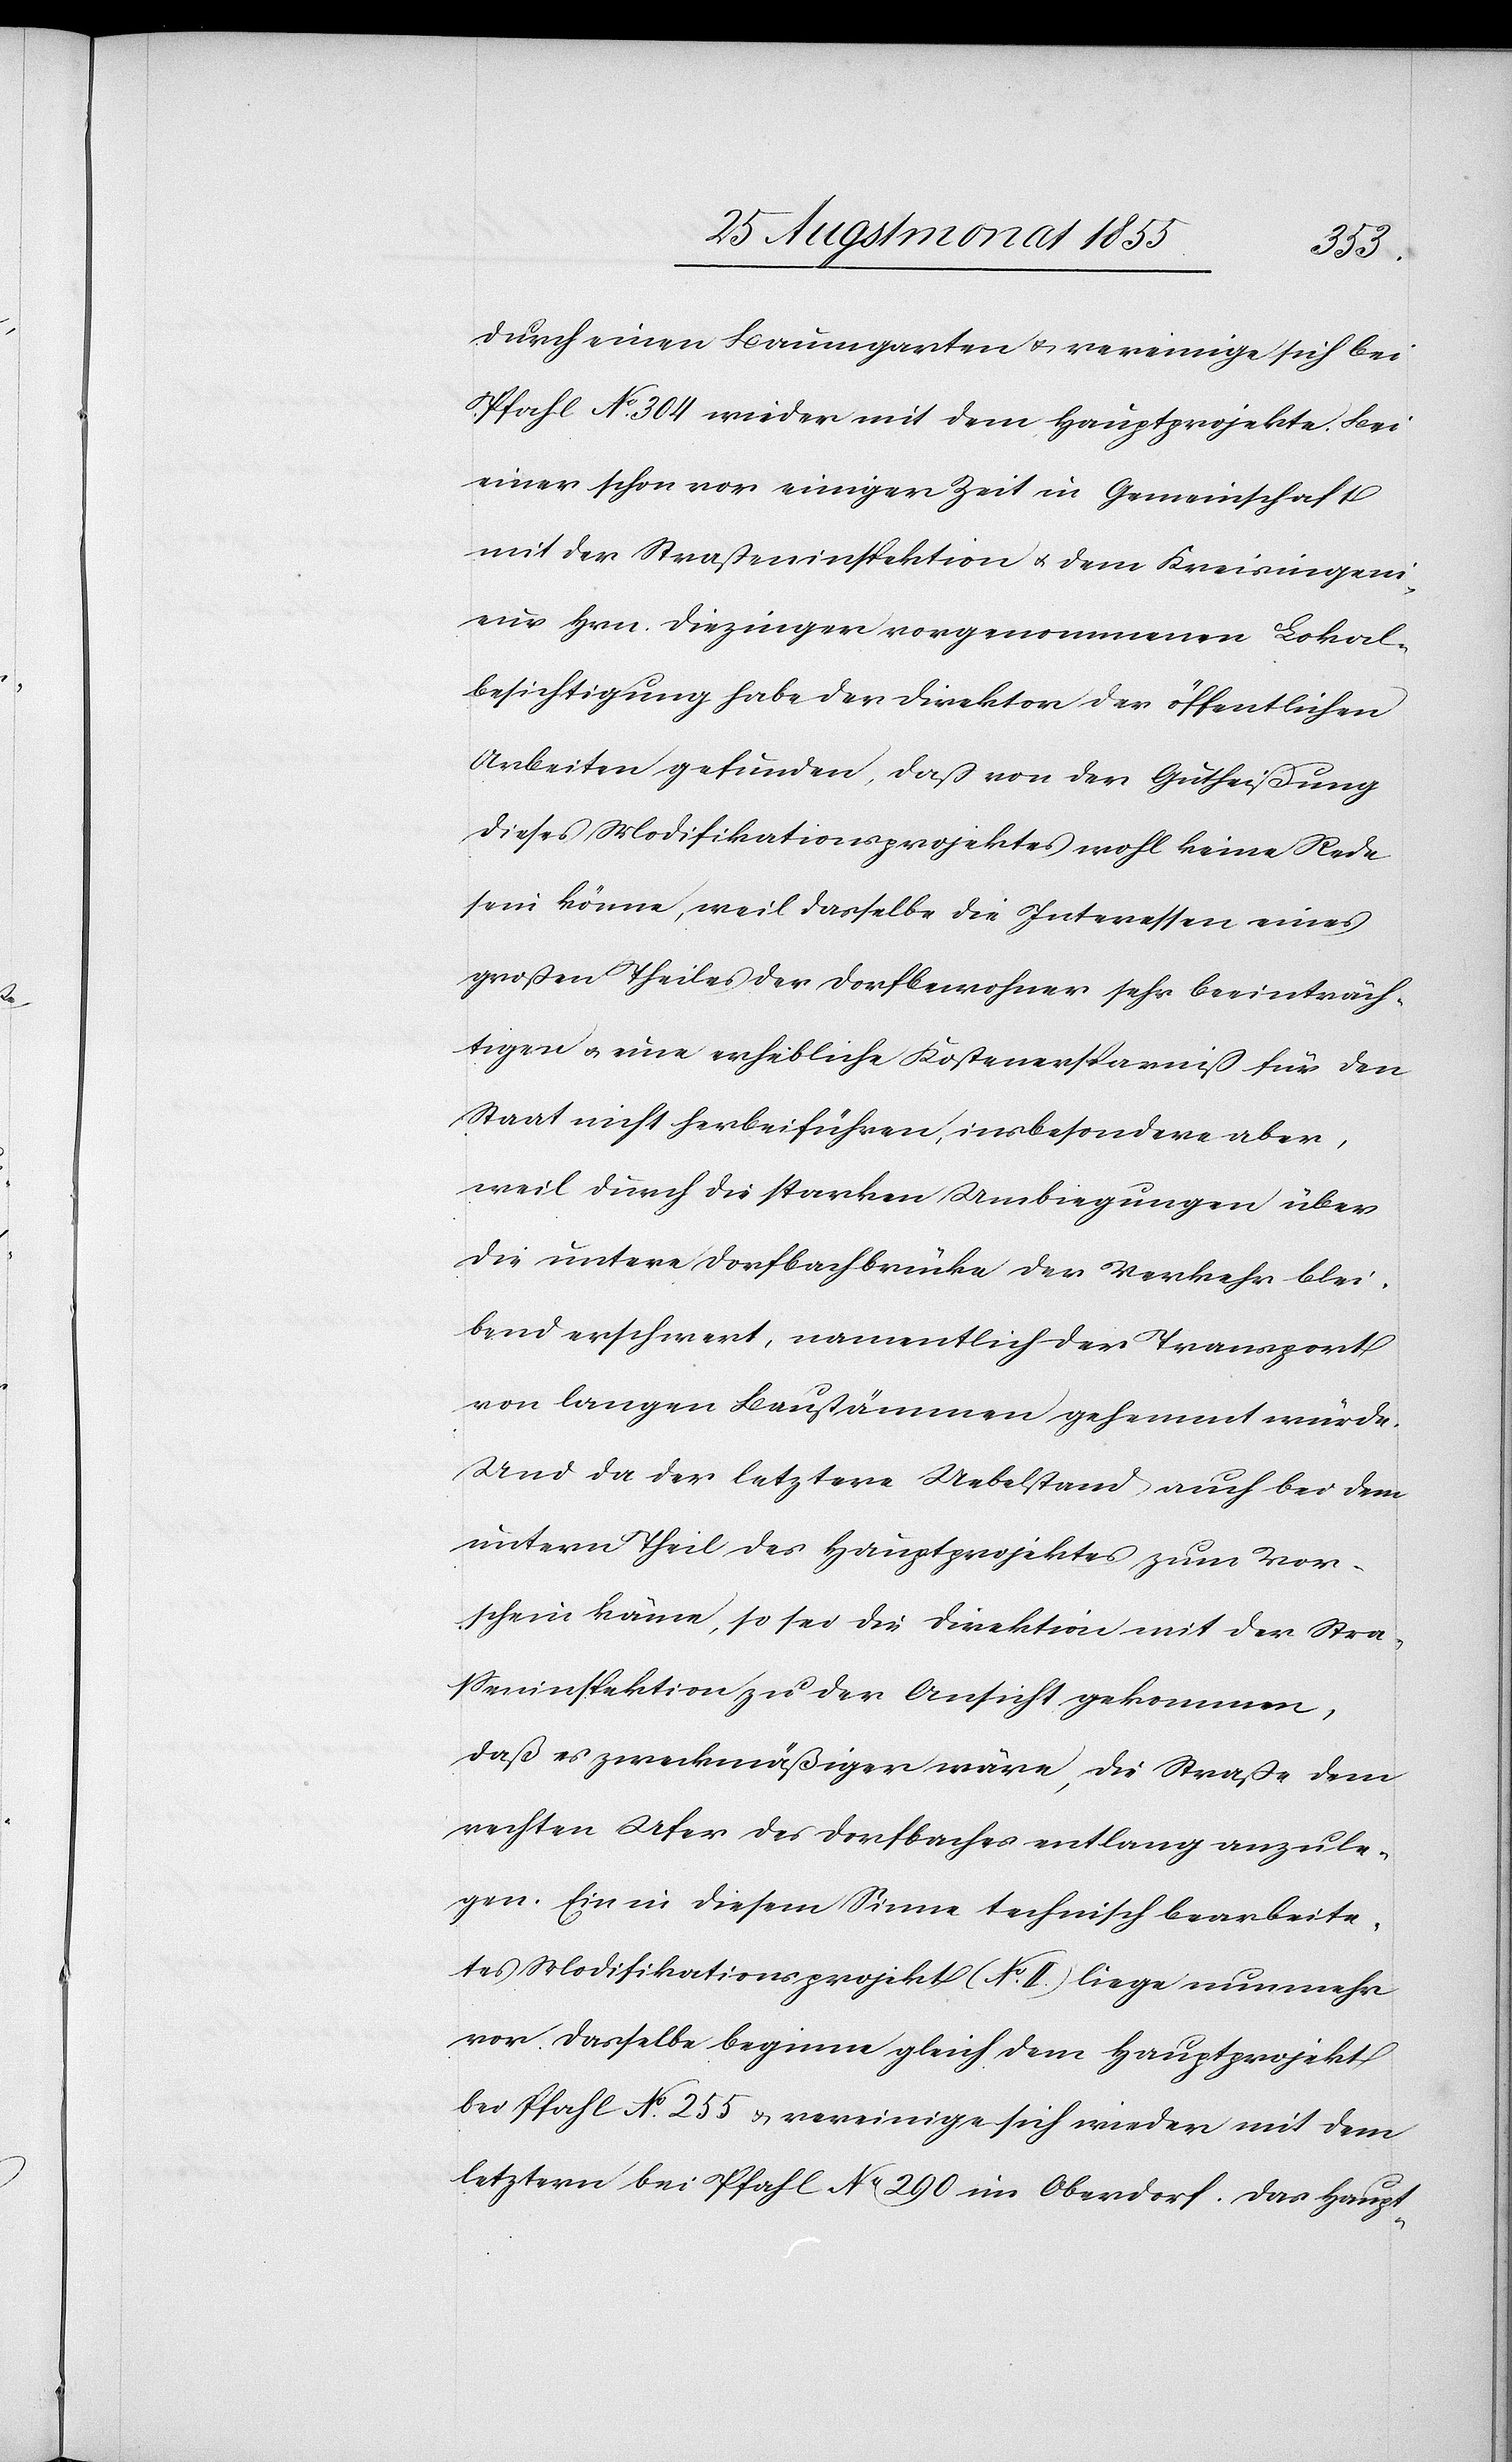
durch einen Baumgarten & vereinige sich bei
Pfahl No. 304 wieder mit dem Hauptprojekte. Bei
einer schon vor einiger Zeit in Gemeinschaft
mit der Straßeninspektion & dem Kreisingeni¬
eur Hrn. Diezinger vorgenommenen Lokal¬
besichtigung habe der Direktor der öffentlichen
Arbeiten gefunden, daß von der Gutheißung
dieses Modifikationsprojektes wohl keine Rede
sein könne, weil dasselbe die Interessen eines
großen Theiles der Dorfbewohner sehr beeinträch¬
tigen & eine erhebliche Kostenersparniß für den
Staat nicht herbeiführen, insbesondere aber,
weil durch die starken Umbiegungen über
die untere Dorfbachbrücke der Verkehr blei¬
bend erschwert, namentlich der Transport
von langen Bau[m]stämmen gehemmt würde.
Und da der letztere Uebelstand auch bei dem
untern Theil des Hauptprojektes zum Vor¬
schein käme, so sei die Direktion mit der Stra¬
sseninspektion zu der Ansicht gekommen,
daß es zweckmäßiger wäre, die Straße dem
rechten Ufer des Dorfbaches entlang anzule¬
gen. Ein in diesem Sinne technisch bearbeite¬
tes Modifikationsprojekt (No. II.) liege nunmehr
vor. Dasselbe beginne gleich dem Hauptprojekt
bei Pfahl No. 255 & vereinige sich wieder mit dem
letztern bei Pfahl No 290 im Oberdorf. Das Haupt-